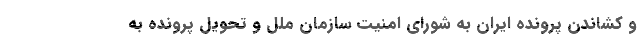
و کشاندن پرونده ایران به شورای امنیت سازمان ملل و تحویل پرونده به